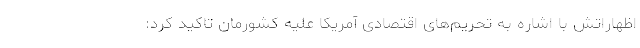
اظهاراتش با اشاره به تحریم‌های اقتصادی آمریکا علیه کشورمان تاکید کرد: